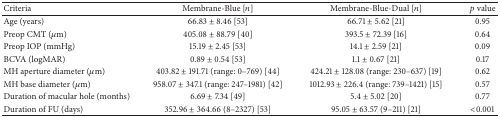
<table><thead><tr><td><b>Criteria</b></td><td><b>Membrane-Blue [<i>n</i>]</b></td><td><b>Membrane-Blue-Dual [<i>n</i>]</b></td><td><b><i>p</i> value</b></td></tr></thead><tbody><tr><td>Age (years)</td><td>66.83 ± 8.46 [53]</td><td>66.71 ± 5.62 [21]</td><td>0.95</td></tr><tr><td>Preop CMT (<i>μ</i>m)</td><td>405.08 ± 88.79 [40]</td><td>393.5 ± 72.39 [16]</td><td>0.64</td></tr><tr><td>Preop IOP (mmHg)</td><td>15.19 ± 2.45 [53]</td><td>14.1 ± 2.59 [21]</td><td>0.09</td></tr><tr><td>BCVA (logMAR)</td><td>0.89 ± 0.54 [53]</td><td>1.1 ± 0.67 [21]</td><td>0.17</td></tr><tr><td>MH aperture diameter (<i>μ</i>m)</td><td>403.82 ± 191.71 (range: 0–769) [44]</td><td>424.21 ± 128.08 (range: 230–637) [19]</td><td>0.62</td></tr><tr><td>MH base diameter (<i>μ</i>m)</td><td>958.07 ± 347.1 (range: 247–1981) [42]</td><td>1012.93 ± 226.4 (range: 739–1421) [15]</td><td>0.57</td></tr><tr><td>Duration of macular hole (months)</td><td>6.69 ± 7.34 [49]</td><td>5.4 ± 5.02 [20]</td><td>0.77</td></tr><tr><td>Duration of FU (days)</td><td>352.96 ± 364.66 (8–2327) [53]</td><td>95.05 ± 63.57 (9–211) [21]</td><td>&lt;0.001</td></tr></tbody></table>